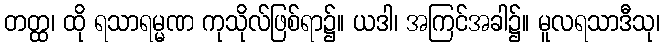
တတ္ထ၊ ထို ရသာရမ္မဏ ကုသိုလ်ဖြစ်ရာ၌။ ယဒါ၊ အကြင်အခါ၌။ မူလရသာဒီသု၊